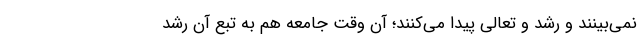
نمی‌بینند و رشد و تعالی پیدا می‌کنند؛ آن وقت جامعه هم به تبع آن رشد